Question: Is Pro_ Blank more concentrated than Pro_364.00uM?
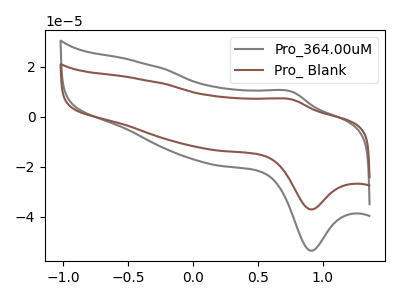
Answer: <think>The gray curve "Pro_364.00uM" has an anodic peak at (0.75V, 10.10uA) and a cathodic peak at (0.90V, -53.60uA). The brown curve "Pro_ Blank" has an anodic peak at (0.75V, 6.95uA) and a cathodic peak at (0.90V, -37.10uA).
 All the peaks in "Pro_ Blank" have a peak in "Pro_364.00uM" at the same potential. Every peak in "Pro_ Blank" is lower than every peak in "Pro_364.00uM".</think>
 <answer>"Pro_ Blank" has less signal than "Pro_364.00uM" and so likely has a lower concentration.</answer>
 <eval>less_concentration</eval>